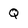
Character: Q